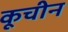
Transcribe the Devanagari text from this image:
कूचीन